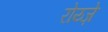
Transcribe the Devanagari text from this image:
रोय्ज़े